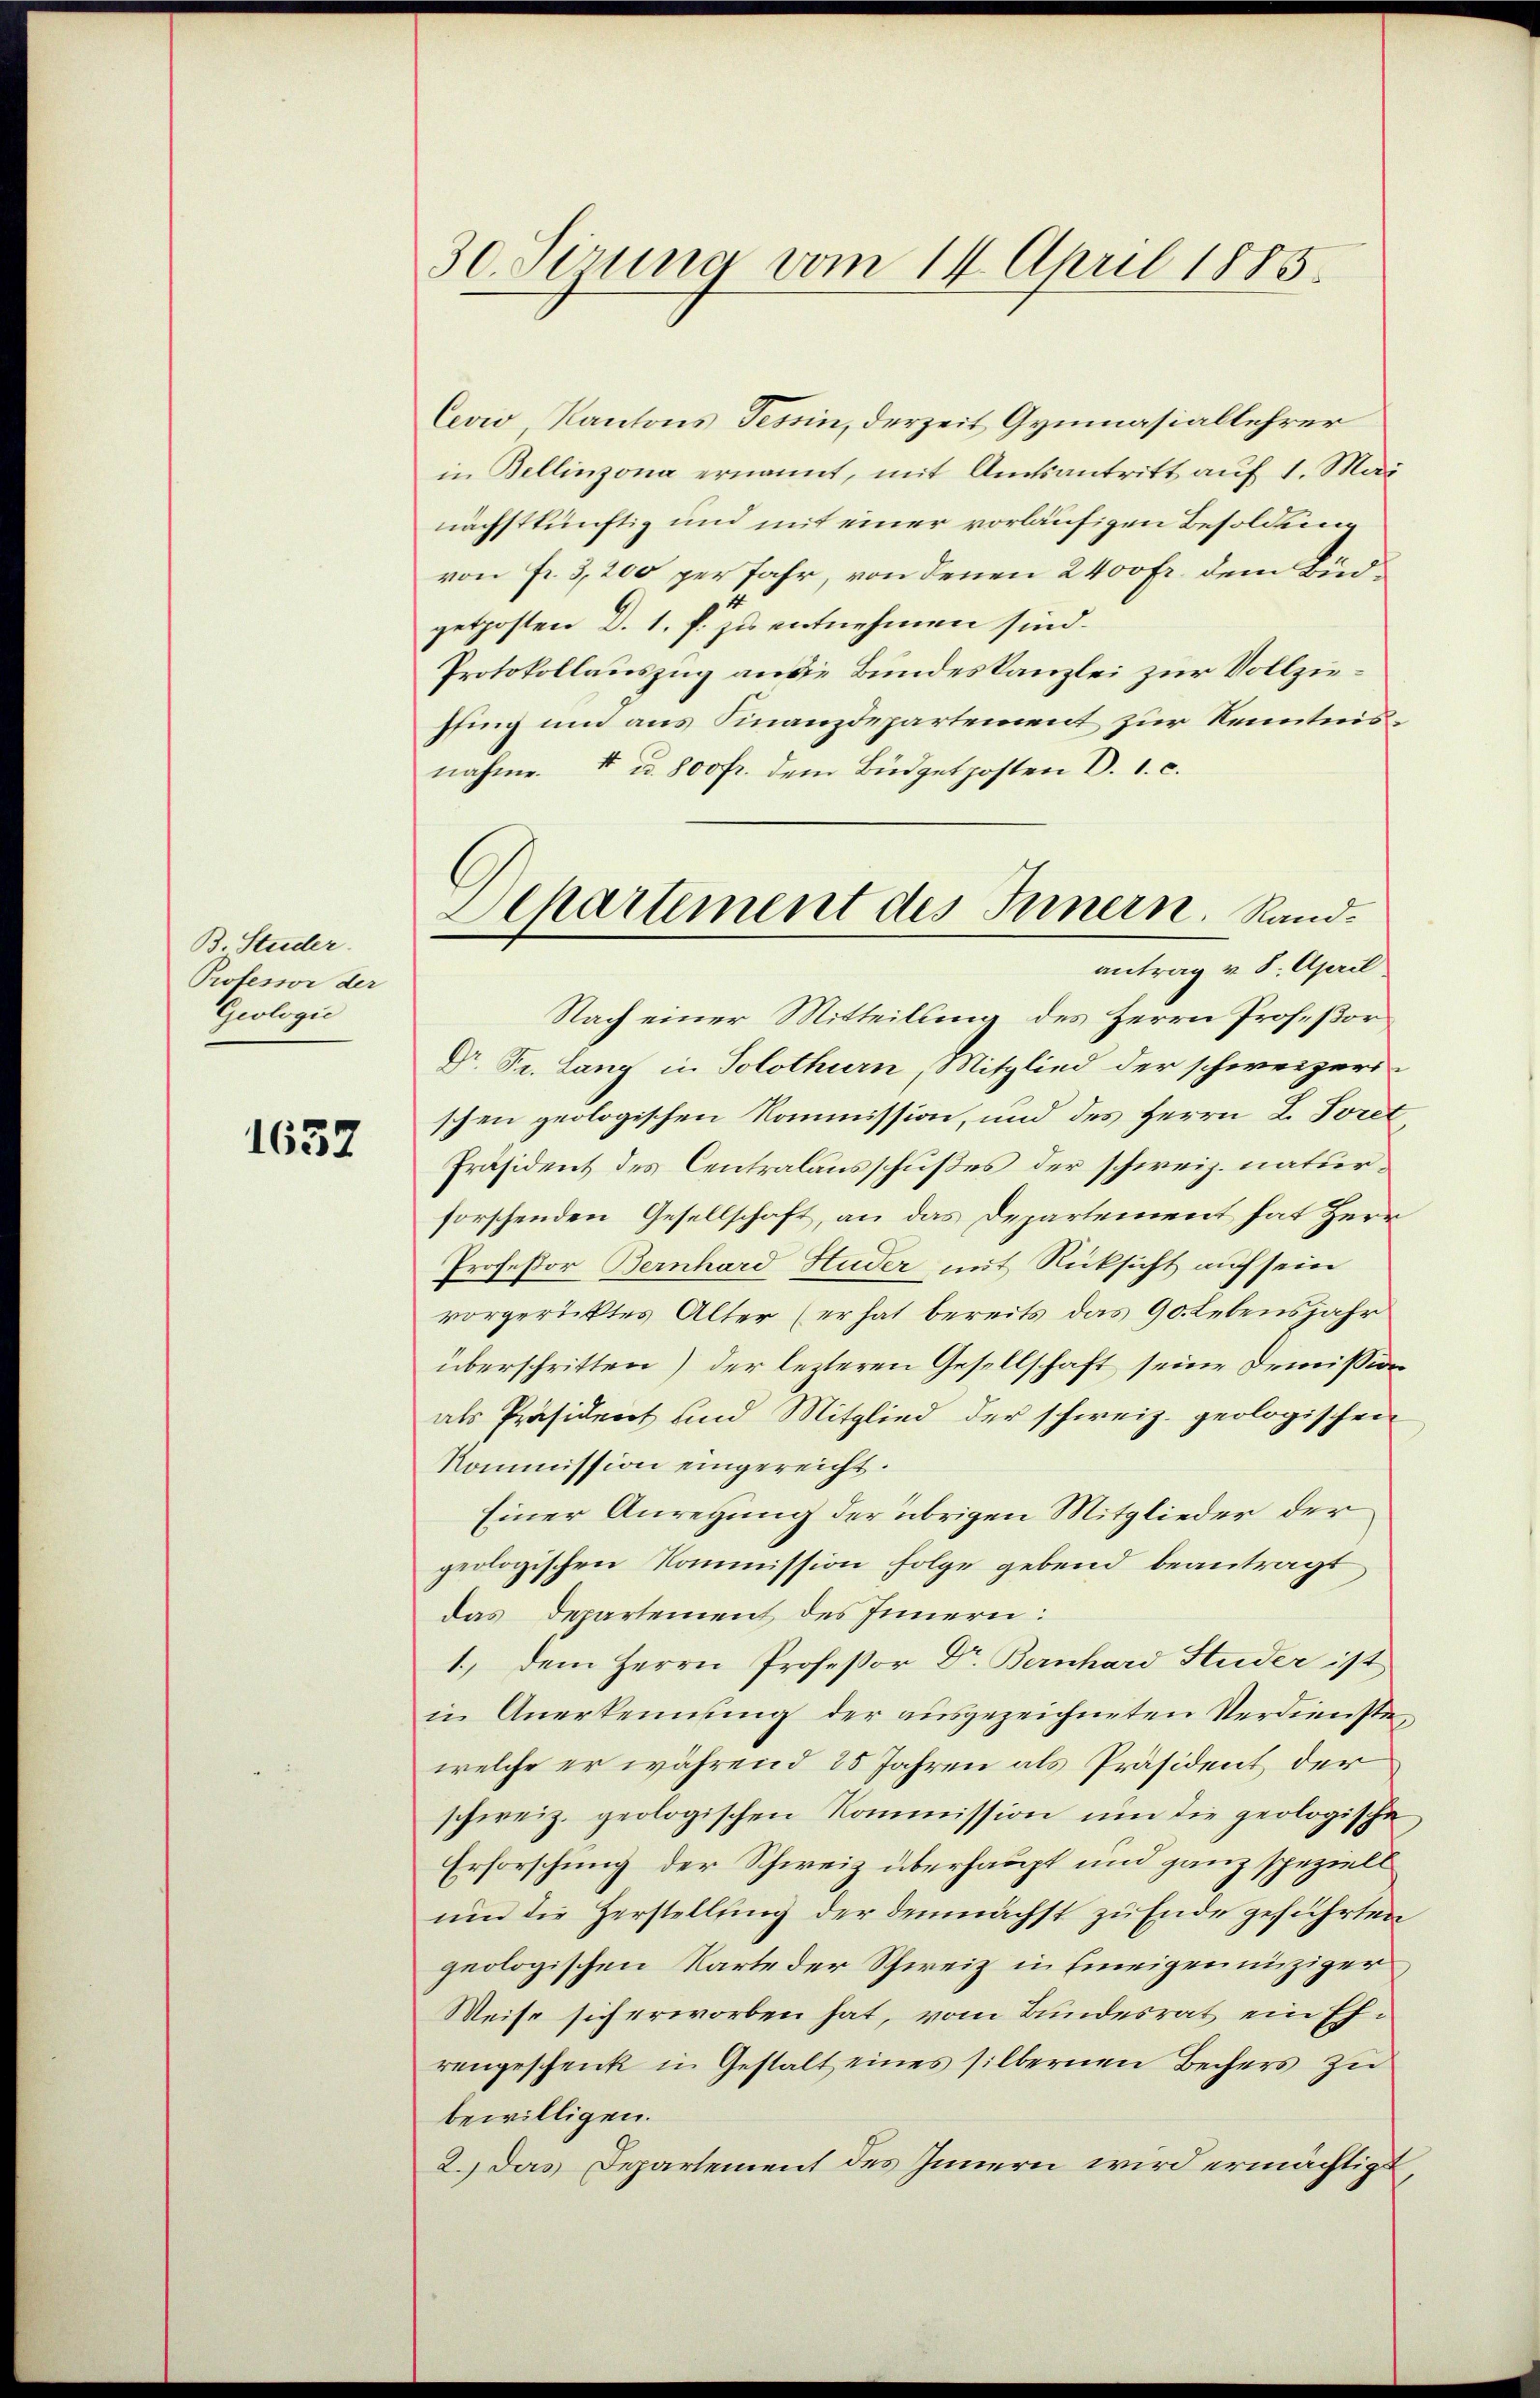
B. Studer.
Professor der
Geologie

1632

30. Sirung vom 14. April 1885.

Cevio, Kantons Tessin, derzeit Gymnasiallehrer
in Bellinzona ernannt, mit Amtsantritt auf 1. Mai
nächstkünftig und mit einer vorläufigen Besoldung
von fr. 3,200 per Jahr, von denen 2400 fr. dem Budgetposten d. 1. f. zu entnehmen sind.
Protokollauszug an die Bundeskanzlei zur Vollziepfing und aus Finanzdepartement zur Kenntnisnahme. I u. 800 fr. dem Büdgetposten D. 1. c.
Nach einer Mitteilung des Herrn Profeßor
Dr. Pr. Lang in Solothurn, Mitglied der schweizeri
schen geologischen Kommission, und des Herrn L. Loret
Präsident des Centralausschußes der schweiz. naturforschenden Gesellschaft, an das Departement hat Herr
Professor Bernhard Studer mit Rücksicht auf sein
vorgericktes Alter (er hat bereits das 90. Lebensjahr
überschritten) der lezteren Gesellschaft seine Demission
als Präsident und Mitglied der schweiz. geologischen
Kommission eingereicht.
Einer Anregung der übrigen Mitglieder der
geologischen Kommission folge gebend beantragt
das Departement des Innern:
1., dem Herrn Professor Dr. Bernhard Studer ist
in Anerkennung der ausgezeichneten Verdienstewelche er während 25 Jahren als Präsident der
schweiz. geologischen Kommission um die geologische
Erforschung der Schweiz überhaupt und ganz speziell
und die Herstellung der demnächst zu Ende geführten
geologischen Karte der Schweiz in Eineigennüziger
Weise sich erworben hat, vom Bundesrat ein Ehrengeschenk in Gestalt eines silbernen Bechers zu
bewilligen.
2.) Das Departement des Innern wird ermächtigt,

Separtement des Innern. Rand.
antrag v. 8. April